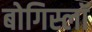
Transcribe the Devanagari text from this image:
बोगिस्लॉ